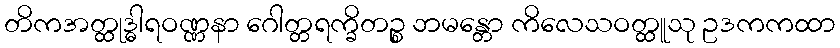
တိကအတ္ထုဒ္ဓါရဝဏ္ဏနာ ဂေါတ္တရက္ခိတဉ္စ ဘမန္တော ကိလေသဝတ္ထူသု ဥဒကကထာ